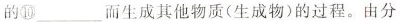
的⑩___而生成其他物质(生成物)的过程。由分